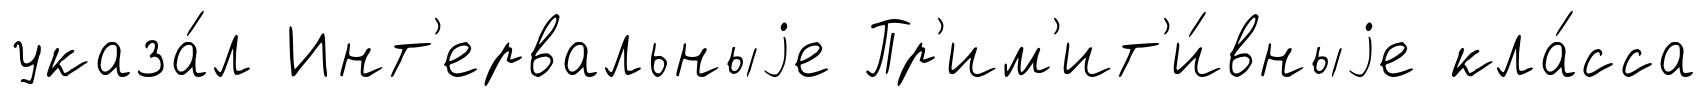
указа́л Инт'ервальныjе Пр'им'ит'и́вныjе кла́сса